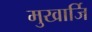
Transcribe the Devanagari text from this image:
मुखार्जि